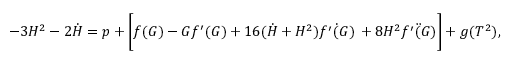
- 3 H ^ { 2 } - 2 \dot { H } = p + \Bigg [ f ( G ) - G f ^ { \prime } ( G ) + 1 6 ( \dot { H } + H ^ { 2 } ) \dot { f ^ { \prime } ( G ) } \, + 8 H ^ { 2 } \ddot { f ^ { \prime } ( G ) } \Bigg ] + g ( T ^ { 2 } ) ,